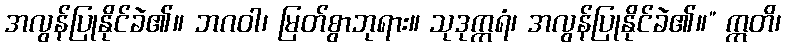
အလွန်ပြုနိုင်ခဲ၏။ ဘဂဝါ၊ မြတ်စွာဘုရား။ သုဒုက္ကရံ၊ အလွန်ပြုနိုင်ခဲ၏။” ဣတိ၊